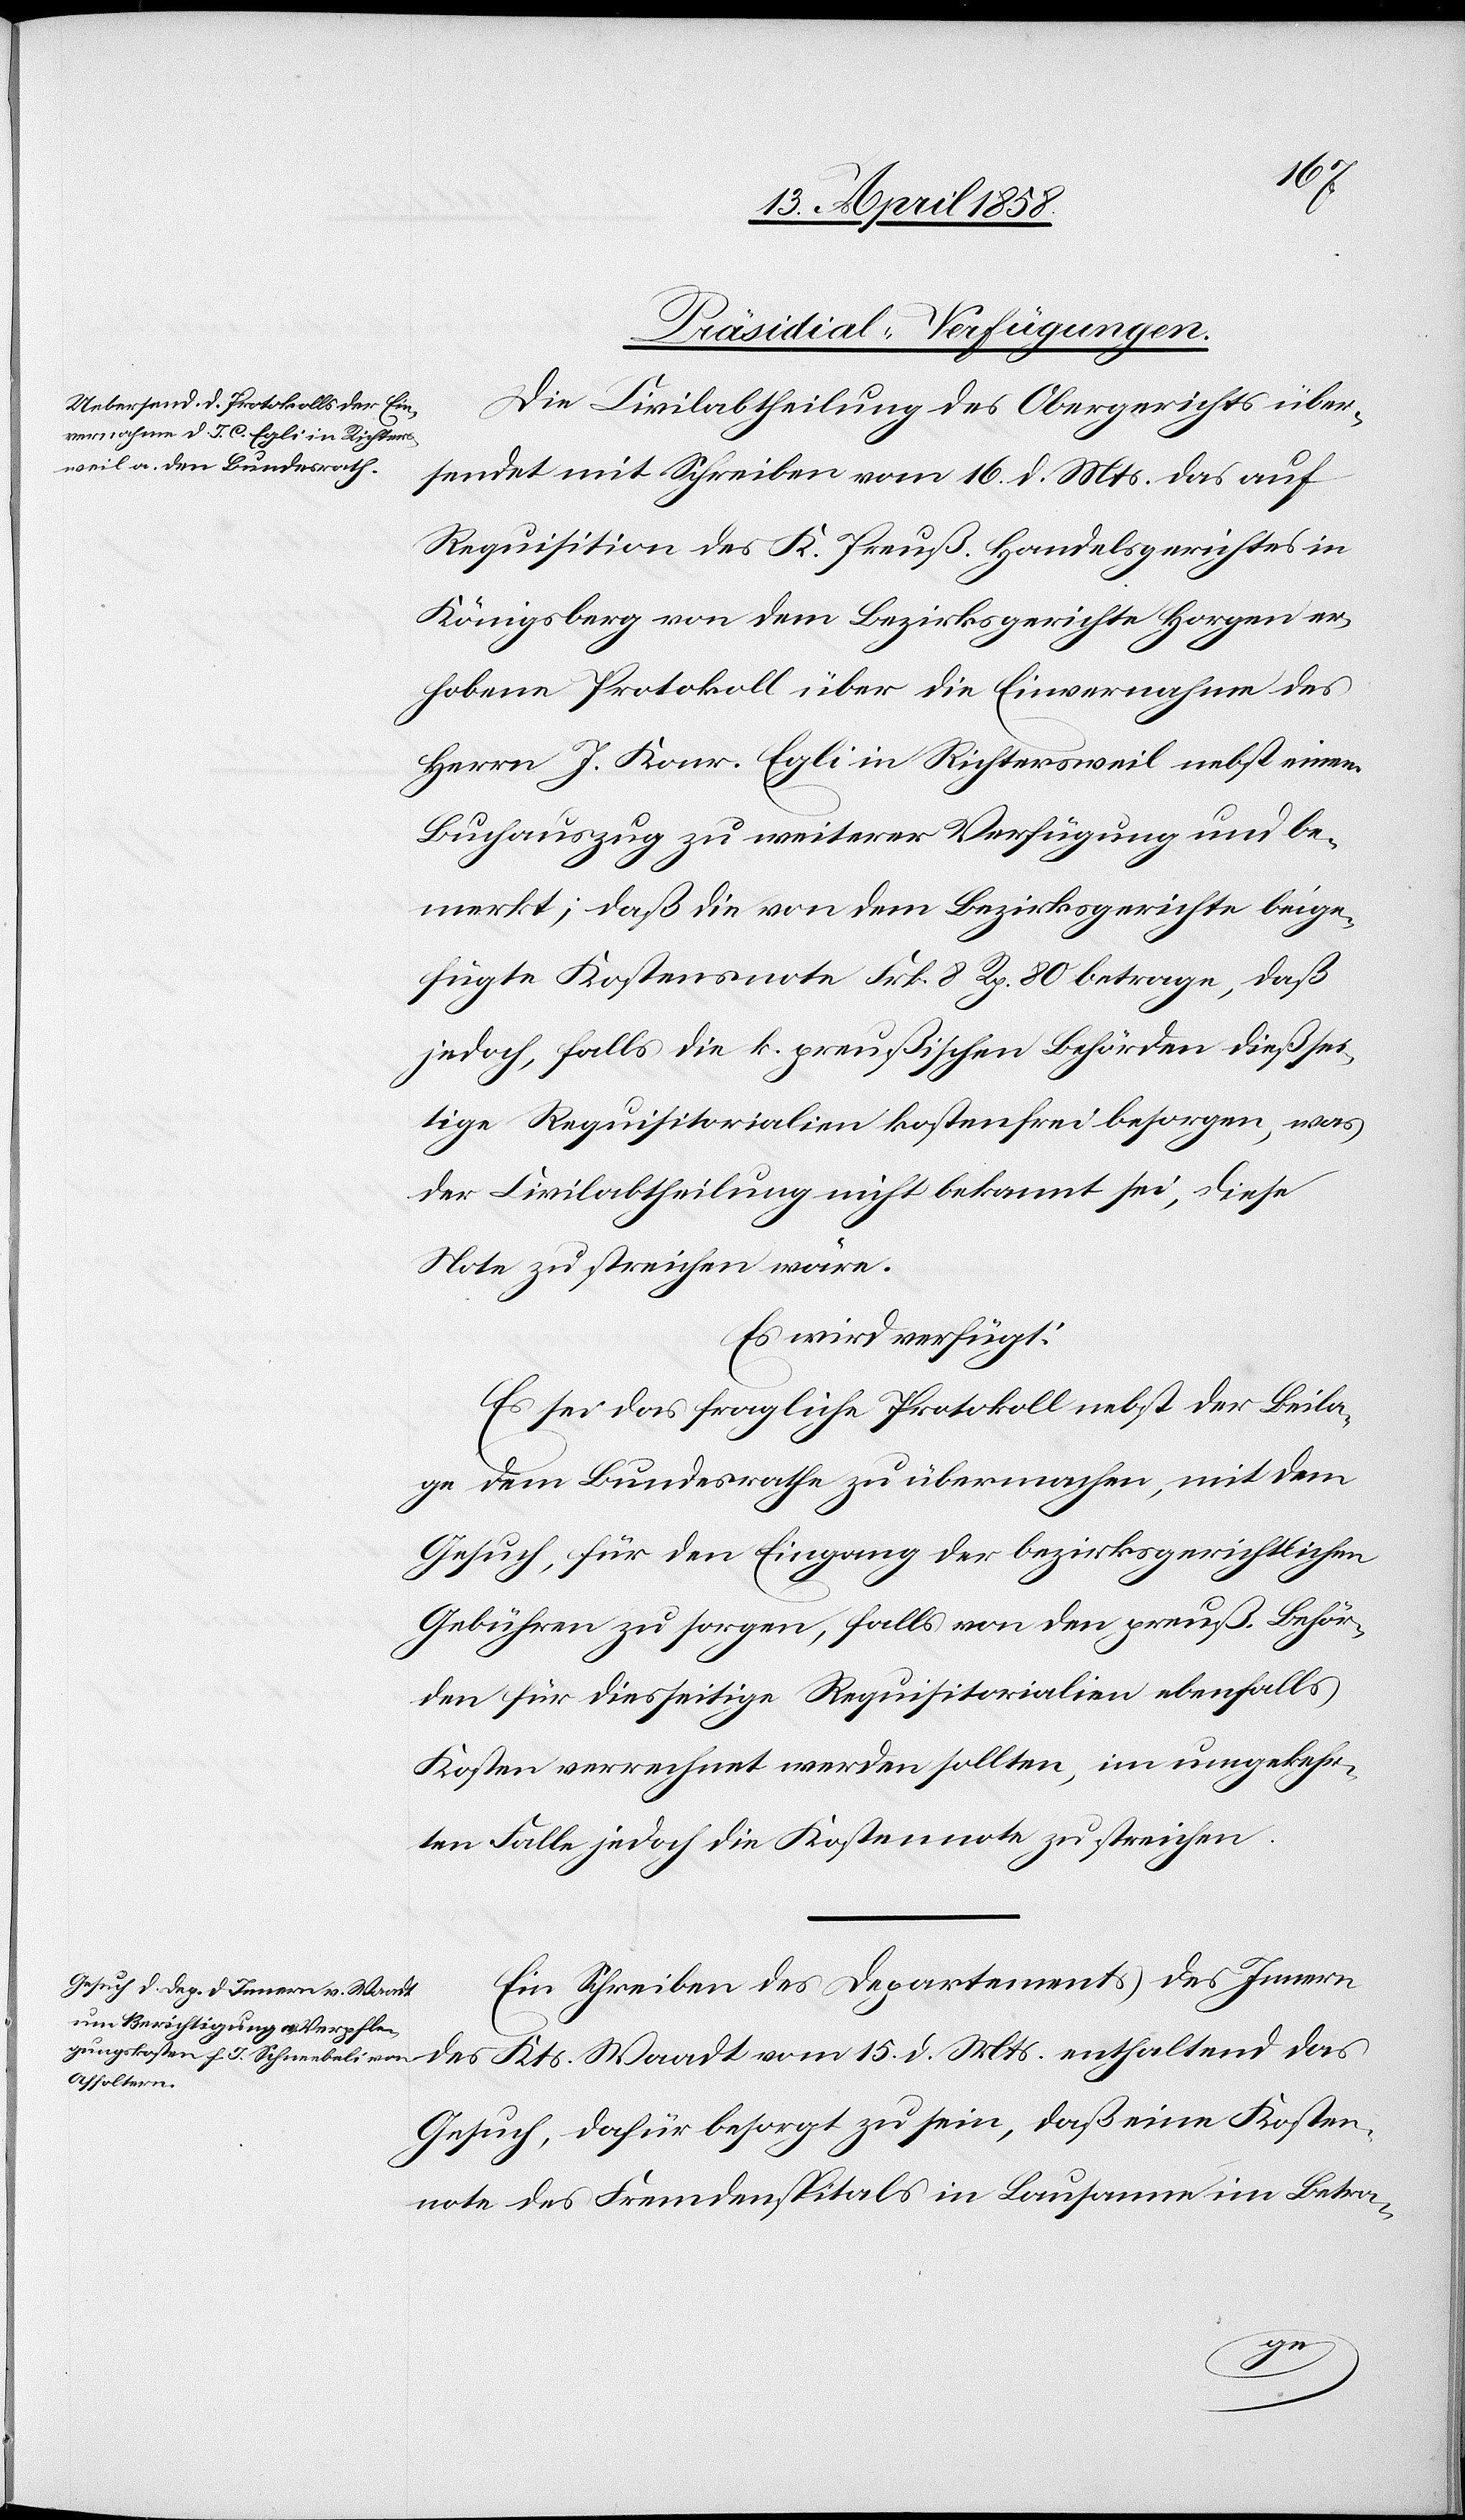
17. April 1858.]
[Präsidial-Verfügungen.
Die Civilabtheilung des Obergerichts über¬
sendet mit Schreiben vom 16. d. Mts. das auf
Requsition des K. Preuß. Handelsgerichtes in
Königsberg von dem Bezirksgerichte Horgen er¬
hobene Protokoll über die Einvernahme des
Herrn J. Konr. [sic!] Egli in Richtersweil nebst einem
Buchauszug zu weiterer Verfügung und be¬
merkt; daß die von dem Bezirksgerichte beige¬
fügte Kostensnote Frk. 8 Rp. 80 betrage, daß
jedoch, falls die k. preußischen Behörden dießsei¬
tige Requisitorialien kostenfrei besorgen, was
der Civilabtheilung nicht bekannt sei, diese
Note zu streichen wäre.
Es wird verfügt:
Es sei das fragliche Protokoll nebst der Beila¬
ge dem Bundesrathe zu übermachen, mit dem
Gesuch, für den Eingang der bezirksgerichtlichen
Gebühren zu sorgen, falls von den preuß. Behör¬
den für diesseitige Requisitorialien ebenfalls
Kosten verrechnet werden sollten, im umgekehr¬
ten Falle jedoch die Kostennote zu streichen.
Ein Schreiben des Departements des Innern
des Kts. Waadt vom 15. d. Mts. enthaltend das
Gesuch, dafür besorgt zu sein, daß eine Kosten¬
note des Fremdenspitals in Lausanne im Betra-